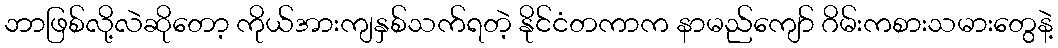
ဘာဖြစ်လို့လဲဆိုတော့ ကိုယ်အားကျနှစ်သက်ရတဲ့ နိုင်ငံတကာက နာမည်ကျော် ဂိမ်းကစားသမားတွေနဲ့